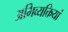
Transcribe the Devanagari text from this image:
अभिव्‍यक्तियां